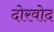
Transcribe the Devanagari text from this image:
दोरवोद